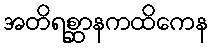
အတိရစ္ဆာနကထိကေန